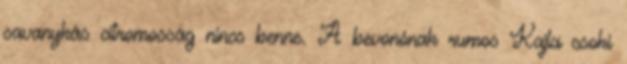
savanykás citromosság nincs benne. A bevonónak rumos Kajla csoki